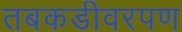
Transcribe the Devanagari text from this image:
तबकडीवरपण